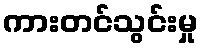
ကားတင်သွင်းမှု